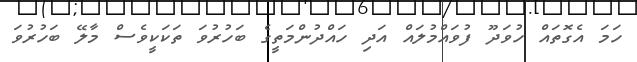
ހަމަ އެގޮތައް ހުވަދޫ ފުވައްމުލައް އަދި ހައްދުންމަތީގެ ބަހުރުވަ ތަކަކީވެސް މާލޭ ބަހުރުވަ